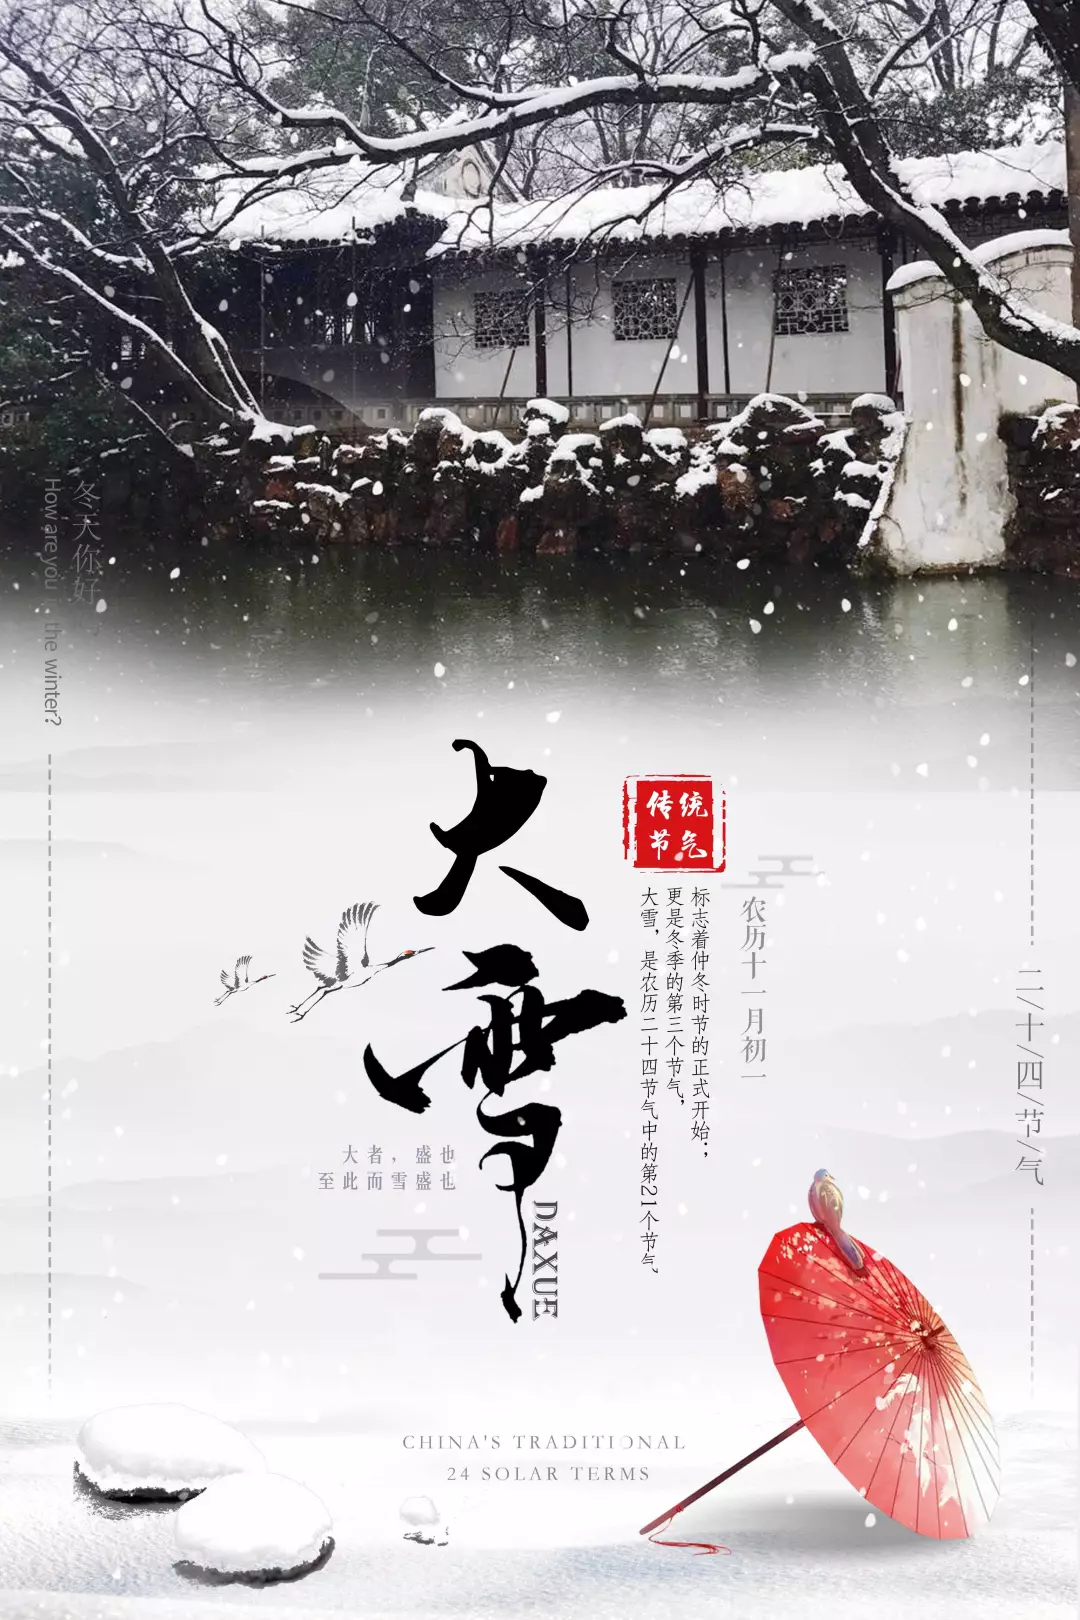
去岁江南见雪时，月底梅花发。